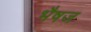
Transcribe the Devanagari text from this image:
भैषज